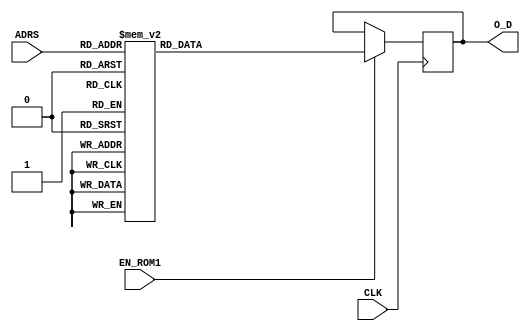
`timescale 1ns / 1ps
//////////////////////////////////////////////////////////////////////////////////
// Company: ITCR 
// 
// Design Name: 
// Module Name: LUT_SHIFT
// Project Name: 
// Target Devices: 
// Tool Versions: 
// Description: 
// 
// Dependencies: 
// 
// Revision:
// Revision 0.01 - File Created
// Additional Comments:
// 
//////////////////////////////////////////////////////////////////////////////////

module LUT_SHIFT #(parameter P = 32, parameter D = 5) ( 

input wire CLK, 
input wire EN_ROM1,
input wire [D-1:0] ADRS,
output reg [P-1:0] O_D
);
   
always @(posedge CLK)
      if (EN_ROM1)
         case (ADRS)
            5'b00000: O_D <= 32'b00111111011111110000000000000000;//1-2^(-6-2)
            5'b00001: O_D <= 32'b00111111011111100000000000000000;//1-2^(-5-2)
            5'b00010: O_D <= 32'b00111111011111000000000000000000;//1-2^(-4-2)   
            5'b00011: O_D <= 32'b00111111011110000000000000000000;//1-2^(-3-2) 
            5'b00100: O_D <= 32'b00111111011100000000000000000000;//1-2^(-2-2) 
            5'b00101: O_D <= 32'b00111111011000000000000000000000;//1-2^(-1-2) 
            5'b00110: O_D <= 32'b00111111010000000000000000000000;//1-2^(-0-2) 
            5'b00111: O_D <= 32'b00111111000000000000000000000000;//2^(-1) 
            5'b01000: O_D <= 32'b00111110100000000000000000000000;//2^(-2) 
            5'b01001: O_D <= 32'b00111110000000000000000000000000;//2^(-3) 
            5'b01010: O_D <= 32'b00111101100000000000000000000000;//2^(-4) 
            5'b01011: O_D <= 32'b00111101100000000000000000000000;//2^(-4) 
            5'b01100: O_D <= 32'b00111101000000000000000000000000;//2^(-5) 
            5'b01101: O_D <= 32'b00111100100000000000000000000000;//2^(-6) 
            5'b01110: O_D <= 32'b00111100000000000000000000000000;//2^(-7) 
            5'b01111: O_D <= 32'b00111100000000000000000000000000;//2^(-7) 
            5'b10000: O_D <= 32'b00111011100000000000000000000000;//2^(-8) 
            5'b10001: O_D <= 32'b00111011000000000000000000000000;//2^(-9) 
            5'b10010: O_D <= 32'b00111010100000000000000000000000;//2^(-10) 
            5'b10011: O_D <= 32'b00111010000000000000000000000000;//2^(-11) 
            5'b10100: O_D <= 32'b00111010000000000000000000000000;//2^(-11) 
            5'b10101: O_D <= 32'b00111001100000000000000000000000;//2^(-12) 
            5'b10110: O_D <= 32'b00111001000000000000000000000000;//2^(-13) 
            5'b10111: O_D <= 32'b00111000011111111111111111111110;//2^(-14) 
            5'b11000: O_D <= 32'b00111000011111111111111111111110;//2^(-14) 
            5'b11001: O_D <= 32'b00110111111111111111111111111100;//2^(-15) 
            5'b11010: O_D <= 32'b00110111011111111111111111110110;//2^(-16) 
            5'b11011: O_D <= 32'b00110111011111111111111111110110;//2^(-16) 
            5'b11100: O_D <= 32'b00110110111111111111111111110110;//2^(-17) 
            5'b11101: O_D <= 32'b00110110011111111111111111100000;//2^(-18) 
            5'b11110: O_D <= 32'b00110110011111111111111111100000;//2^(-18) 
            5'b11111: O_D <= 32'b00110101111111111111111110110100;//2^(-19) 
            default:  O_D <= 32'b00000000000000000000000000000000;
        endcase
        
endmodule